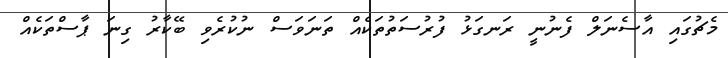
މެޗުގައި އާސެނަލް ފެނުނީ ރަނގަޅު ފުރުސަތުތަކެއް ތަނަވަސް ނުކުރެވި ބޭކާރު ގިނަ ޕާސްތަކެއް